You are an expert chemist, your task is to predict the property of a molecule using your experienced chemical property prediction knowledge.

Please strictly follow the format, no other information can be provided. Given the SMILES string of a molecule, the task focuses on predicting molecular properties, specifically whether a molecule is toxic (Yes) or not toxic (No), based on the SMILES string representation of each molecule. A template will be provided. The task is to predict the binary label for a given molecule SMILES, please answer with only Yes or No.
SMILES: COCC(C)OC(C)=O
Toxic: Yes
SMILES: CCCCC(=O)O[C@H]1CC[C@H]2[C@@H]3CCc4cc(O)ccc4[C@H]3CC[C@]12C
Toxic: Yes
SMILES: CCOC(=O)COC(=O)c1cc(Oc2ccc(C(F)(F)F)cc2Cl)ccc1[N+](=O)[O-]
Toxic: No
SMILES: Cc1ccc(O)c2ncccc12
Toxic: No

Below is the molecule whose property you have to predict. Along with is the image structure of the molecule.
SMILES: CN(C)CC/C=C1/c2ccccc2COc2ccc(CC(=O)O)cc21
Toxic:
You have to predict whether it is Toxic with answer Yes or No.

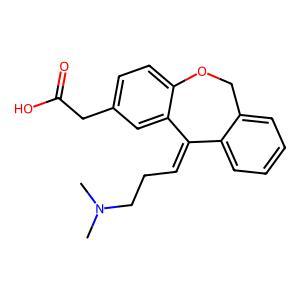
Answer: No